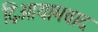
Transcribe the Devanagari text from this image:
द्विआयामवाद